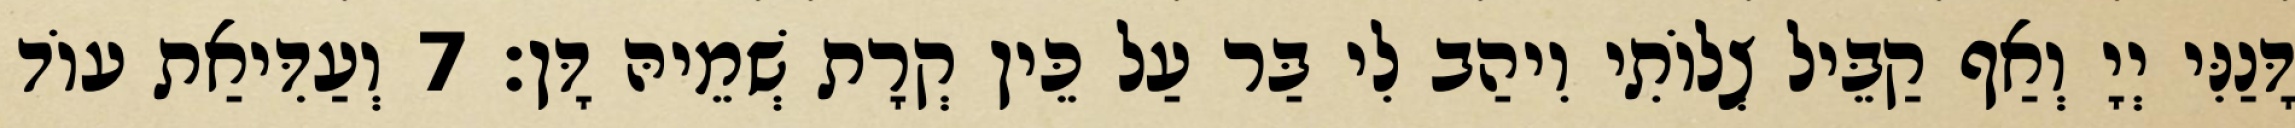
דָּנַנִּי יְיָ וְאַף קַבֵּיל צְלוֹתִי וִיהַב לִי בַּר עַל כֵּין קְרָת שְׁמֵיהּ דָּן׃ 7 וְעַדִּיאַת עוֹד